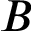
B